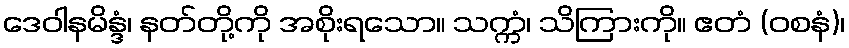
ဒေဝါနမိန္ဒံ၊ နတ်တို့ကို အစိုးရသော။ သက္ကံ၊ သိကြားကို။ ဧတံ (ဝစနံ)၊